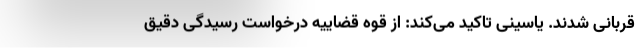
قربانی شدند. یاسینی تاکید می‌کند: از قوه قضاییه درخواست رسیدگی دقیق